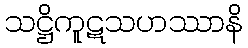
သဋ္ဌိကူဋသဟဿာနိ